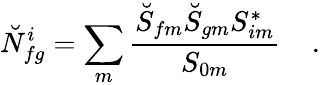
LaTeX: \breve{N}_{fg}^{i}=\sum_{m}{\frac{\breve{S}_{fm}\breve{S}_{gm}{S}_{im}^{*}}{{S}_{0m}}}\; \; \; \; .